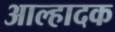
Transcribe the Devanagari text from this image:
आल्हादक